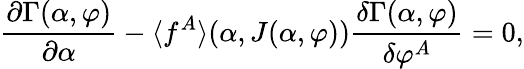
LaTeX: {\frac{\partial\Gamma(\alpha,\varphi)}{\partial\alpha}}-\langle f^{A}\rangle(\alpha,J(\alpha,\varphi)){\frac{\delta\Gamma(\alpha,\varphi)}{\delta\varphi^{A}}}=0,